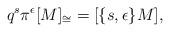
LaTeX: \begin{align*} q^s \pi^\epsilon [M]_{\cong} = [\{s,\epsilon\}M],\end{align*}